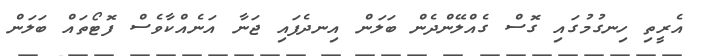
އެރީތި ހިނގުމުގައި ގޮސް ގެއްލޭންދެން ބަލަން އިނދެފައި ޖަނާ އަނެއްކާވެސް ފޮޓޯތައް ބަލަން